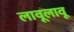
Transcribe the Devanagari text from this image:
लावूलावू